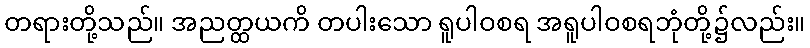
တရားတို့သည်။ အညတ္ထယကိ တပါးသော ရူပါဝစရ အရူပါဝစရဘုံတို့၌လည်း။